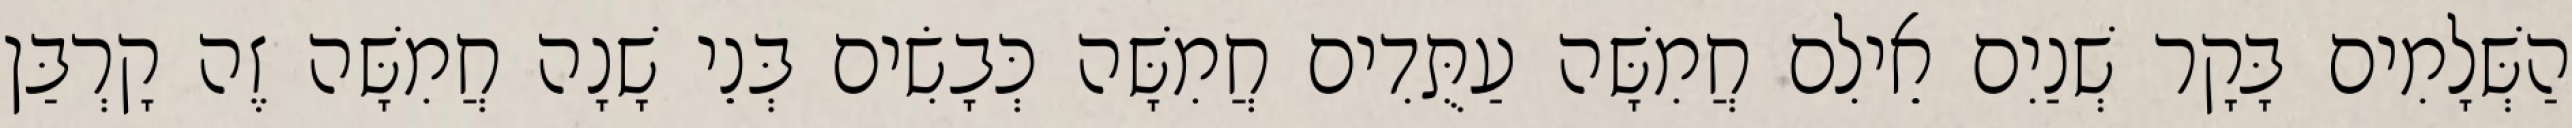
הַשְּׁלָמִים בָּקָר שְׁנַיִם אֵילִם חֲמִשָּׁה עַתֻּדִים חֲמִשָּׁה כְּבָשִׂים בְּנֵי שָׁנָה חֲמִשָּׁה זֶה קָרְבַּן